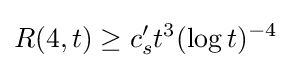
R(4,t)\geq c'_{s}t^{3}(\log t)^{-4}